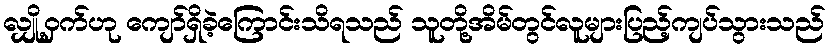
လျှို့ဝှက်ဟု ကျော်ရှိခဲ့ကြောင်းသိရသည် သူတို့အိမ်တွင်လူများပြည့်ကျပ်သွားသည်